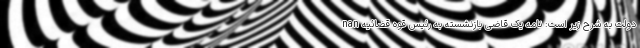
دولت به شرح زیر است: نامه یک قاضی بازنشسته به رئیس قوه قضائیه nan